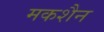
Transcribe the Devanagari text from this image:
मकशैन